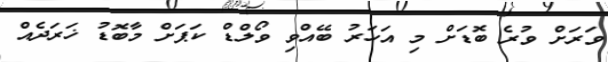
ވަރަށް ވުރެ ބޮޑަށް މި އަހަރު ބޭއްވި ވޯލްޑް ކަޕަށް މާބޮޑު ޚަރަދެއް